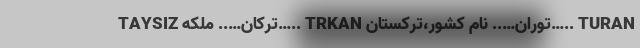
TAYSIZ ترکان….. ملکه….. TRKAN توران….. نام کشور،ترکستان….. TURAN